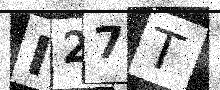
Text: I27T